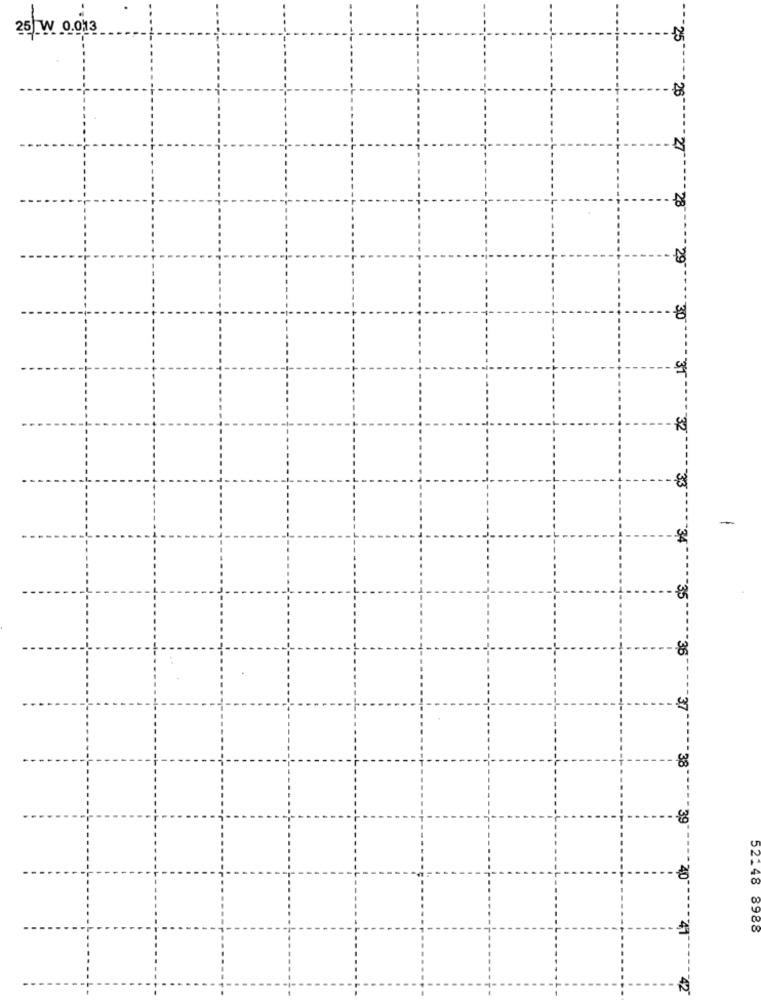
25 W 0.013
26
27
29
30
32
-3,3
34
3,5
36
37
38
3,9
4,0
52.48 8988